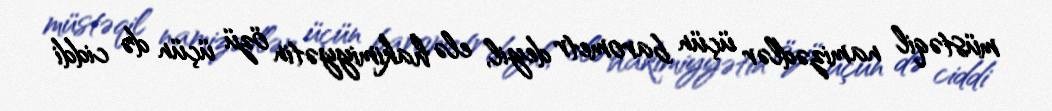
müstəqil namizədlər üçün barometr deyil, elə hakimiyyətin özü üçün də ciddi